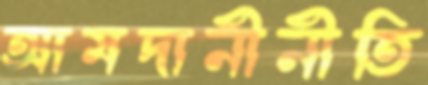
আমদানীনীতি